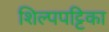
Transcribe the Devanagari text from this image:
शिल्पपट्टिका